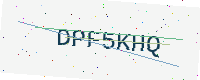
Text: DPF5KHQ